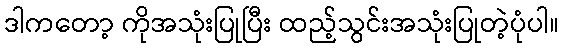
ဒါကတော့ ကိုအသုံးပြုပြီး ထည့်သွင်းအသုံးပြုတဲ့ပုံပါ။